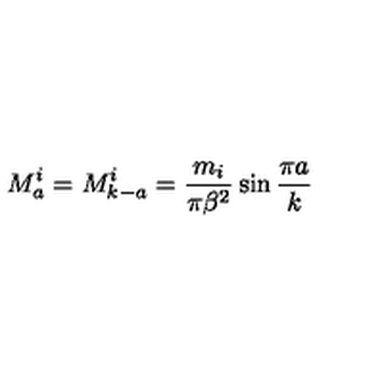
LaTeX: M _ { a } ^ { i } = M _ { k - a } ^ { i } = \frac { m _ { i } } { \pi \beta ^ { 2 } } \sin \frac { \pi a } { k }